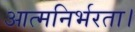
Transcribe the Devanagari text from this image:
आत्मनिर्भरता।